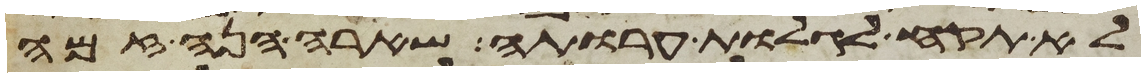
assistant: לא תקח לגלות ערותה שארה הנה זמה